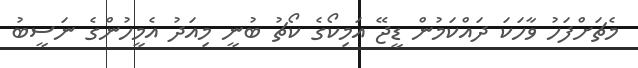
މެޗަށްފަހު ވާހަކަ ދައްކަމުން ޑީޖޭ އަމިކޯގެ ކޯޗު ބުނީ މިއަދު އެމީހުންގެ ނަސީބު